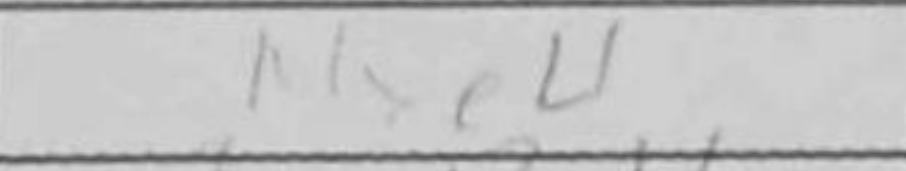
Transcription: Nxe4